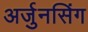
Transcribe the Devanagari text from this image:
अर्जुनसिंग